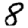
Digit: 8